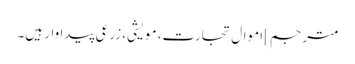
مترجم] اموالِ تجارت، مویشی، زرعی پیداوار ہیں۔